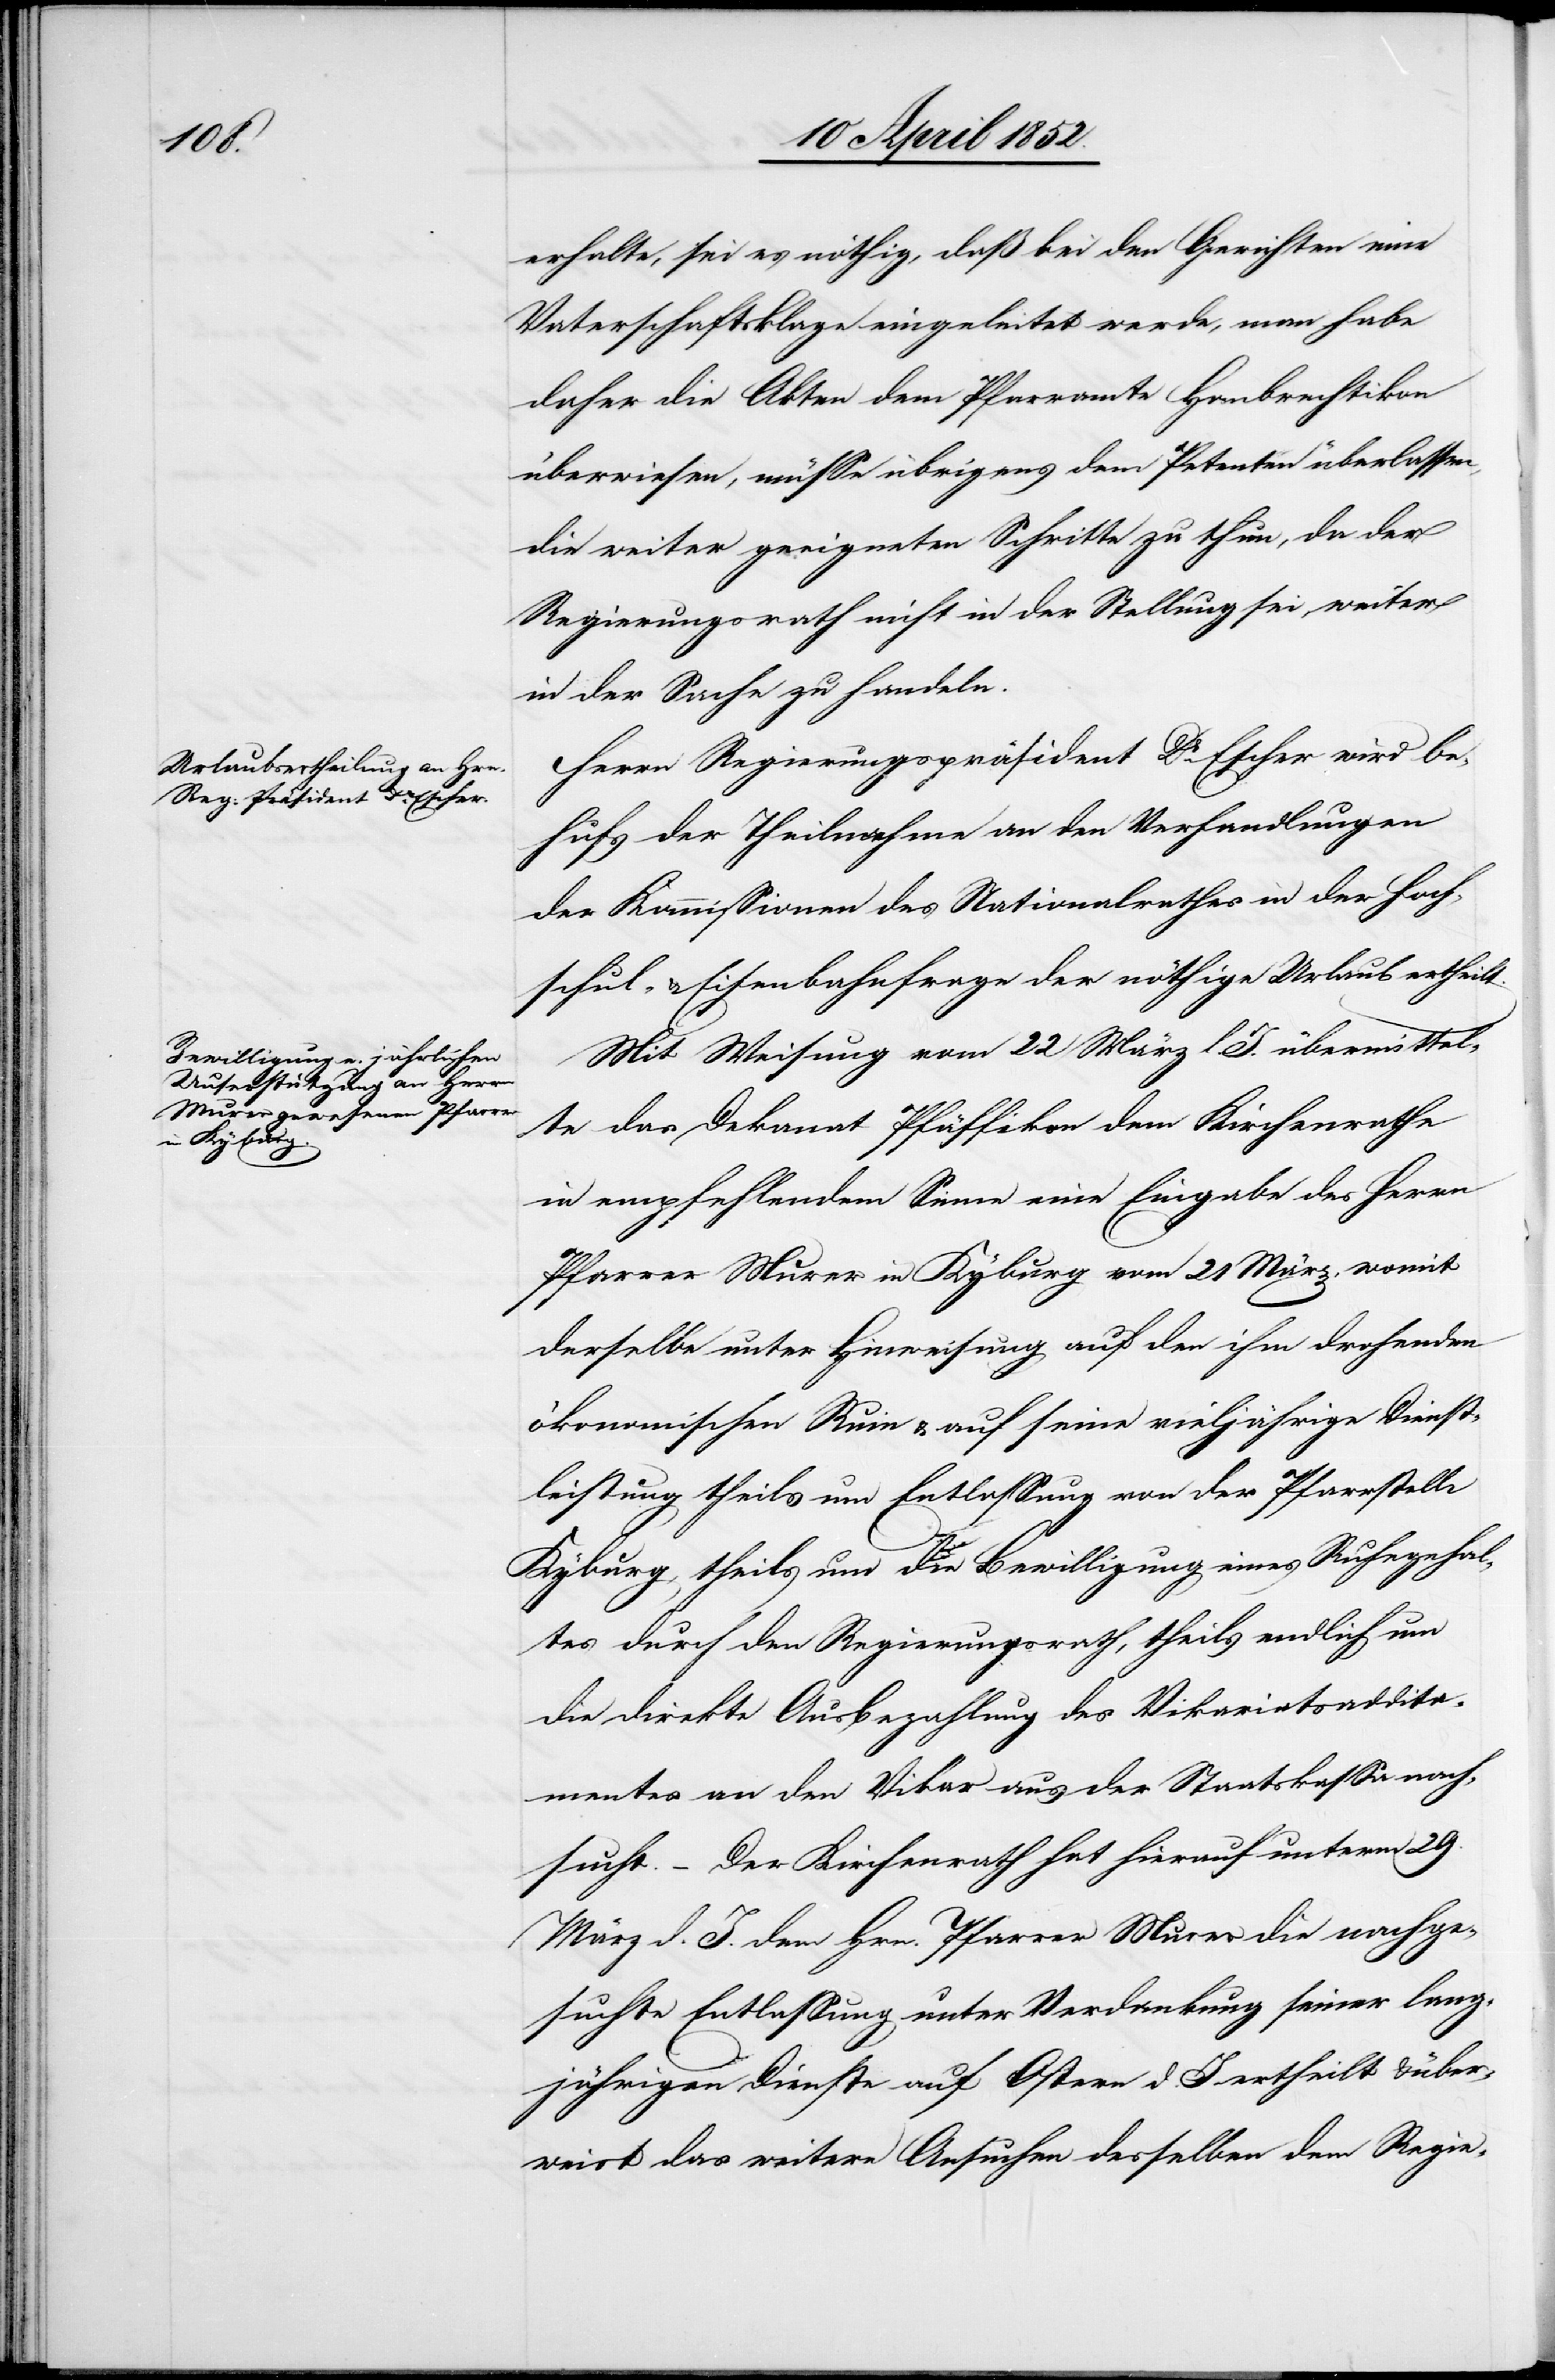
erhalte, sei es nöthig, daß bei den Gerichten eine
Vaterschaftsklage eingeleitet werde, man habe
daher die Akten dem Pfarramte Hombrechtikon
überwiesen, müsse übrigens dem Petenten überlassen,
die weiter geeigneten Schritte zu thun, da der
Regierungsrath nicht in der Stellung sei, weiter
in der Sache zu handeln.
Herrn Regierungspräsident Dr. Escher wird be¬
hufs der Theilnahme an den Verhandlungen
der Kommissionen des Nationalrathes in der Hoch¬
schul- & Eisenbahnfrage der nöthige Urlaub ertheilt.
Mit Weisung vom 22 März l. J. übermittel¬
te das Dekanat Pfäffikon dem Kirchenrathe
in empfehlendem Sinne eine Eingabe des Herrn
Pfarrer Murer in Kyburg vom 21 März, womit
derselbe unter Hinweisung auf den ihm drohenden
ökonomischen Ruin & auf seine vieljährige Dienst¬
leistung theils um Entlassung von der Pfarrstelle
Kyburg, theils um die Bewilligung eines Ruhegehal¬
tes durch den Regierungsrath, theils endlich um
die direkte Ausbezahlung des Vikariatsaddita¬
mentes an den Vikar aus der Staatskassa nach¬
sucht. – Der Kirchenrath hat hierauf unterm 29.
März d. J. dem Hrn. Pfarrer Murer die nachge¬
suchte Entlassung unter Verdankung seiner lang¬
jährigen Dienste auf Ostern d. J. ertheilt & über¬
weist das weitere Ansuchen desselben dem Regie-